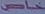
خاص